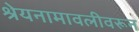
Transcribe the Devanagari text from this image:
श्रेयनामावलीवरून